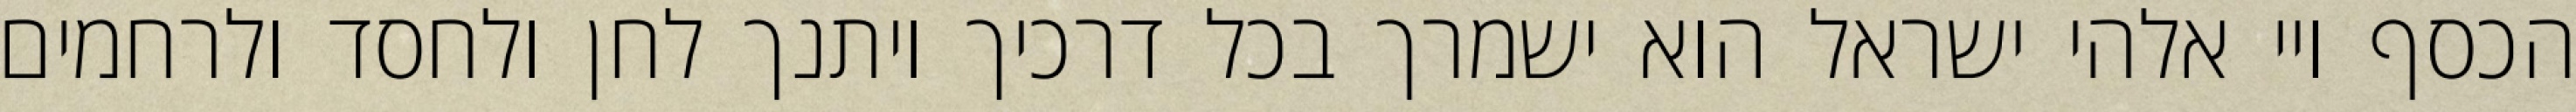
הכסף ויי אלהי ישראל הוא ישמרך בכל דרכיך ויתנך לחן ולחסד ולרחמים